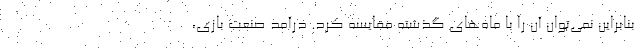
بنابراین نمی‌توان آن را با ماه‌های گذشته مقایسه کرد. درآمد صنعت بازی،